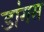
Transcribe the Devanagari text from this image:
डांगस